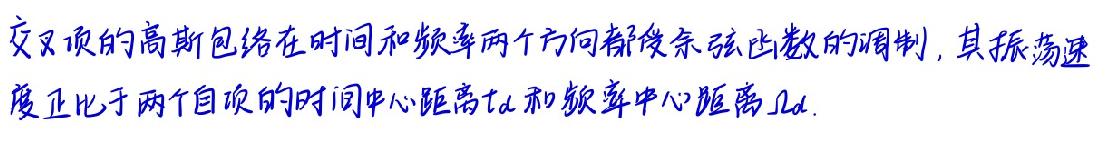
交叉项的高斯包络在时间和频率两个方向都受余弦函数的调制，其振荡速度正比于两个自项的时间中心距离 \( t_d \) 和频率中心距离 \( \Omega_d \).